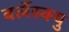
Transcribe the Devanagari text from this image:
बर्लेस्क्यु